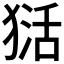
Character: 𱮏